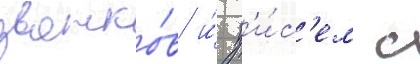
звонко́в и́ п'и́с'ем с